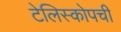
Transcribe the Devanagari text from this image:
टेलिस्कोपची